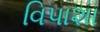
વિપાશા